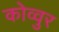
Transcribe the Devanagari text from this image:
कोव्वुर